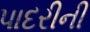
પાદરીની